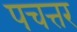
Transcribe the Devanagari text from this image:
पचत्तर